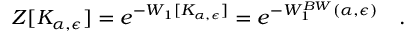
Z [ K _ { \alpha , \epsilon } ] = e ^ { - W _ { 1 } [ K _ { \alpha , \epsilon } ] } = e ^ { - W _ { 1 } ^ { B W } ( \alpha , \epsilon ) } ~ ~ ~ .